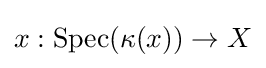
x:{\text{Spec}}(\kappa (x))\to X